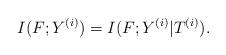
LaTeX: \begin{align*}I(F; Y^{(i)})=I(F; Y^{(i)}|T^{(i)}).\end{align*}